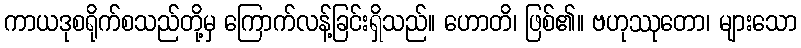
ကာယဒုစရိုက်စသည်တို့မှ ကြောက်လန့်ခြင်းရှိသည်။ ဟောတိ၊ ဖြစ်၏။ ဗဟုဿုတော၊ များသော